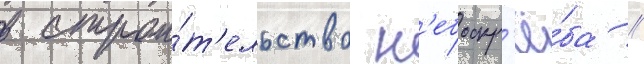
в строи́т'ельство н'ебоскр'ё́ба //